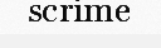
scrime